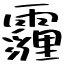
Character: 霾